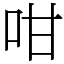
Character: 咁